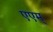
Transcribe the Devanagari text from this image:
एएम्